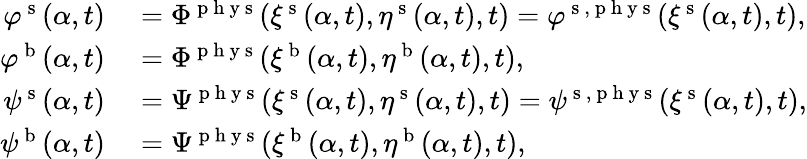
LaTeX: \begin{array}{rl}{\varphi^{\mathrm{~s~}}(\alpha,t)}&{{}=\Phi^{\mathrm{~p~h~y~s~}}(\xi^{\mathrm{~s~}}(\alpha,t),\eta^{\mathrm{~s~}}(\alpha,t),t)=\varphi^{\mathrm{~s~},\mathrm{~p~h~y~s~}}(\xi^{\mathrm{~s~}}(\alpha,t),t),}\\ {\varphi^{\mathrm{~b~}}(\alpha,t)}&{{}=\Phi^{\mathrm{~p~h~y~s~}}(\xi^{\mathrm{~b~}}(\alpha,t),\eta^{\mathrm{~b~}}(\alpha,t),t),}\\ {\psi^{\mathrm{~s~}}(\alpha,t)}&{{}=\Psi^{\mathrm{~p~h~y~s~}}(\xi^{\mathrm{~s~}}(\alpha,t),\eta^{\mathrm{~s~}}(\alpha,t),t)=\psi^{\mathrm{~s~},\mathrm{~p~h~y~s~}}(\xi^{\mathrm{~s~}}(\alpha,t),t),}\\ {\psi^{\mathrm{~b~}}(\alpha,t)}&{{}=\Psi^{\mathrm{~p~h~y~s~}}(\xi^{\mathrm{~b~}}(\alpha,t),\eta^{\mathrm{~b~}}(\alpha,t),t),}\end{array}